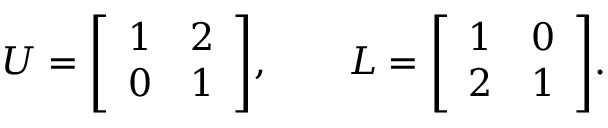
U = { \left[ \begin{array} { l l } { 1 } & { 2 } \\ { 0 } & { 1 } \end{array} \right] } , \qquad L = { \left[ \begin{array} { l l } { 1 } & { 0 } \\ { 2 } & { 1 } \end{array} \right] } .